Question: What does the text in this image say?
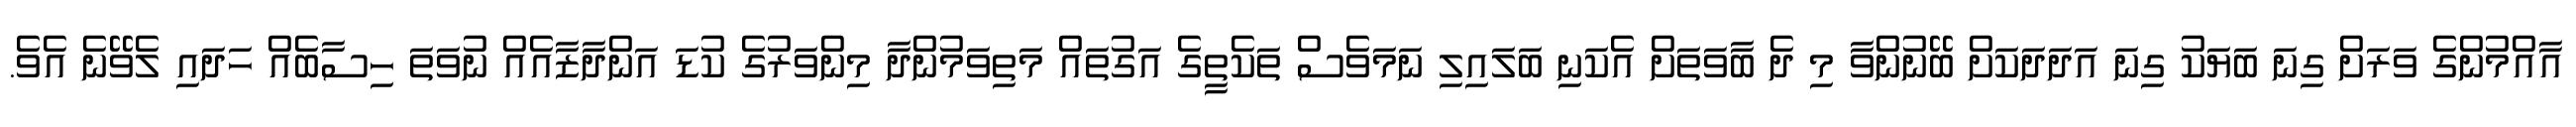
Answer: އާއްމުންގެ ވަރަށް ގިނަ ބަޔަކު ގިނަ އަދަދަކަށް ބޭނުންވާ މި ދެ ބާވަތަށް އެކަނި ބަލައިލި ނަމަވެސް ތަކެތީގެ އަގުތައް މަތިވަމުންދާ މިންވަރުގެ ކުޑަ އަންދާޒާއެއް ނުވަތަ ހިސާބެއް ހަދައި ލެވޭނެ އެވެ.